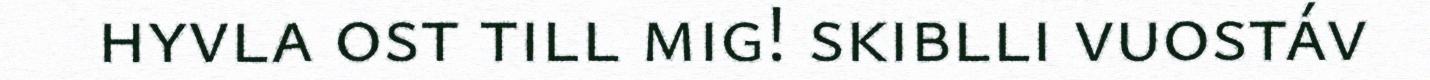
hyvla ost till mig! skiblli vuostáv